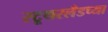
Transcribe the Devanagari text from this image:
स्टूथरलँडच्या